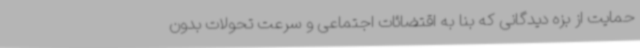
حمایت از بزه دیدگانی که بنا به اقتضائات اجتماعی و سرعت تحولات بدون